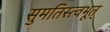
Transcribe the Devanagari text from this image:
सुमतिस्त्वभूत्